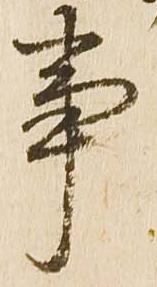
事